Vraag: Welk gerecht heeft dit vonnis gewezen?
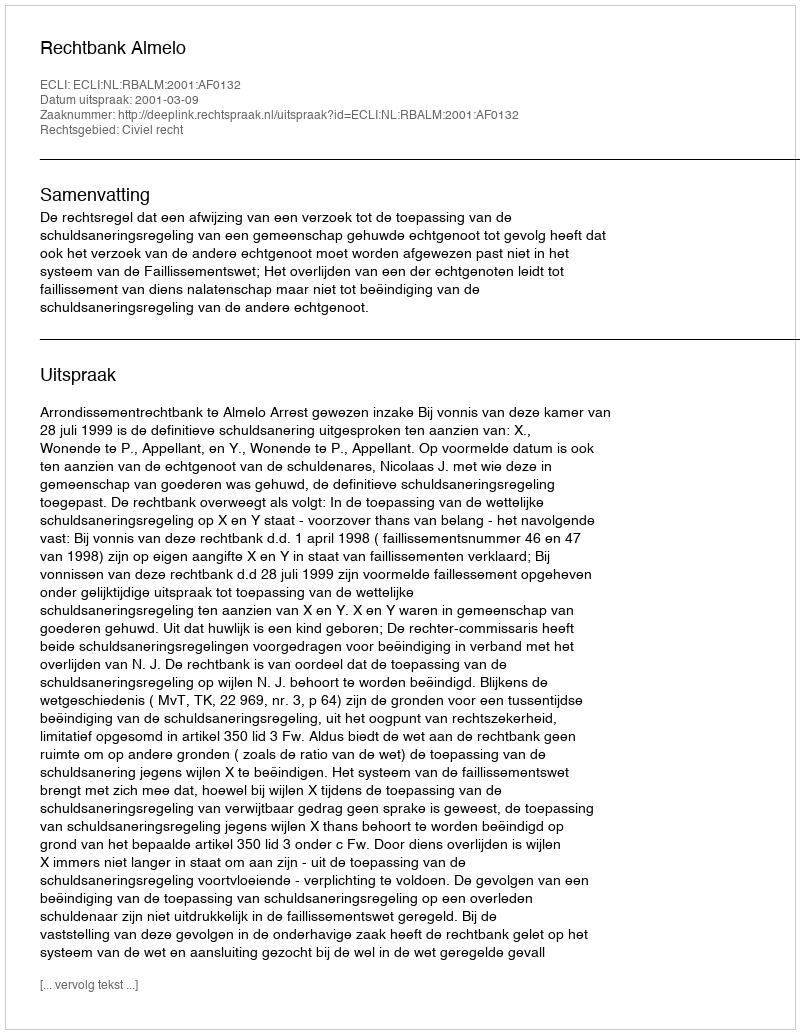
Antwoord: Rechtbank Almelo